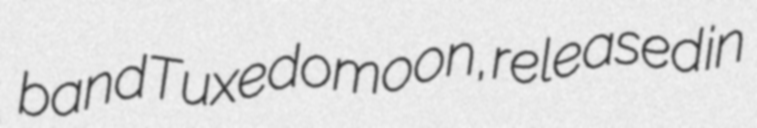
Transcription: band Tuxedomoon, released in